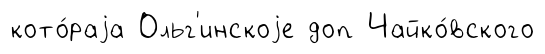
кото́раjа Ольг'инскоjе доп Чайко́вского